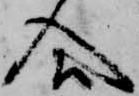
合